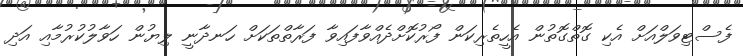
ފެސްޓިވަލްއަށް އެކި ގޮތްގޮތުން އެހީތެރިކަން ފޯރުކޮށްދެއްވާފައިވާ ފަރާތްތަކަށް ހަނދާނީ ލިޔުން ހަވާލުކުރުމާއި އަދި